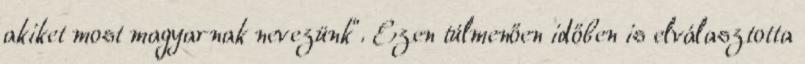
akiket most magyarnak nevezünk". Ezen túlmenően időben is elválasztotta